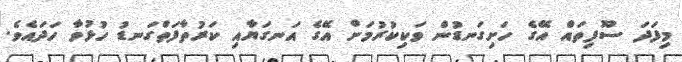
މިފަދަ ސޫފިތައް އޭގެ ހަށިގަނޑުން ވަކިކުރުމަށް އޭގެ އަނގަޔާއި ކަރުތާފަތްގަނޑު ހުޅުވާ ހަދައެވެ.